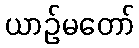
ယာဉ်မတော်